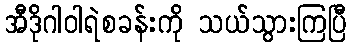
အီဒိုဂါဝါရဲစခန်းကို သယ်သွားကြပြီ